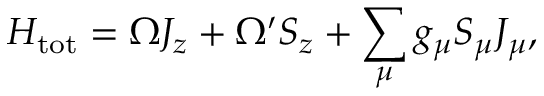
H _ { \mathrm { t o t } } = \Omega J _ { z } + \Omega ^ { \prime } S _ { z } + \sum _ { \mu } g _ { \mu } S _ { \mu } J _ { \mu } ,